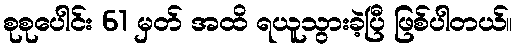
စုစုပေါင်း 61 မှတ် အထိ ရယူသွားခဲ့ပြီ ဖြစ်ပါတယ်။